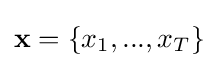
\mathbf {x} =\{x_{1},...,x_{T}\}